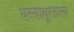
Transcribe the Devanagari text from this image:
यस्यायुस्तस्य